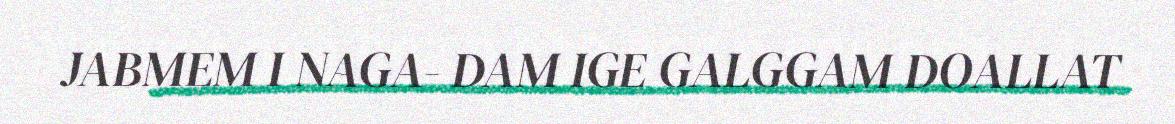
JABMEM I NAGA- DAM IGE GALGGAM DOALLAT